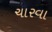
ચારવા